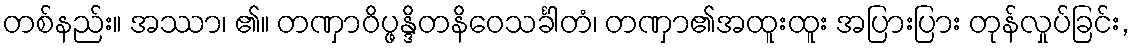
တစ်နည်း။ အဿာ၊ ၏။ တဏှာဝိပ္ဖန္ဒိတနိဝေသင်္ခါတံ၊ တဏှာ၏အထူးထူး အပြားပြား တုန်လှုပ်ခြင်း,